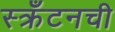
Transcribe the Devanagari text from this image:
स्क्रँटनची